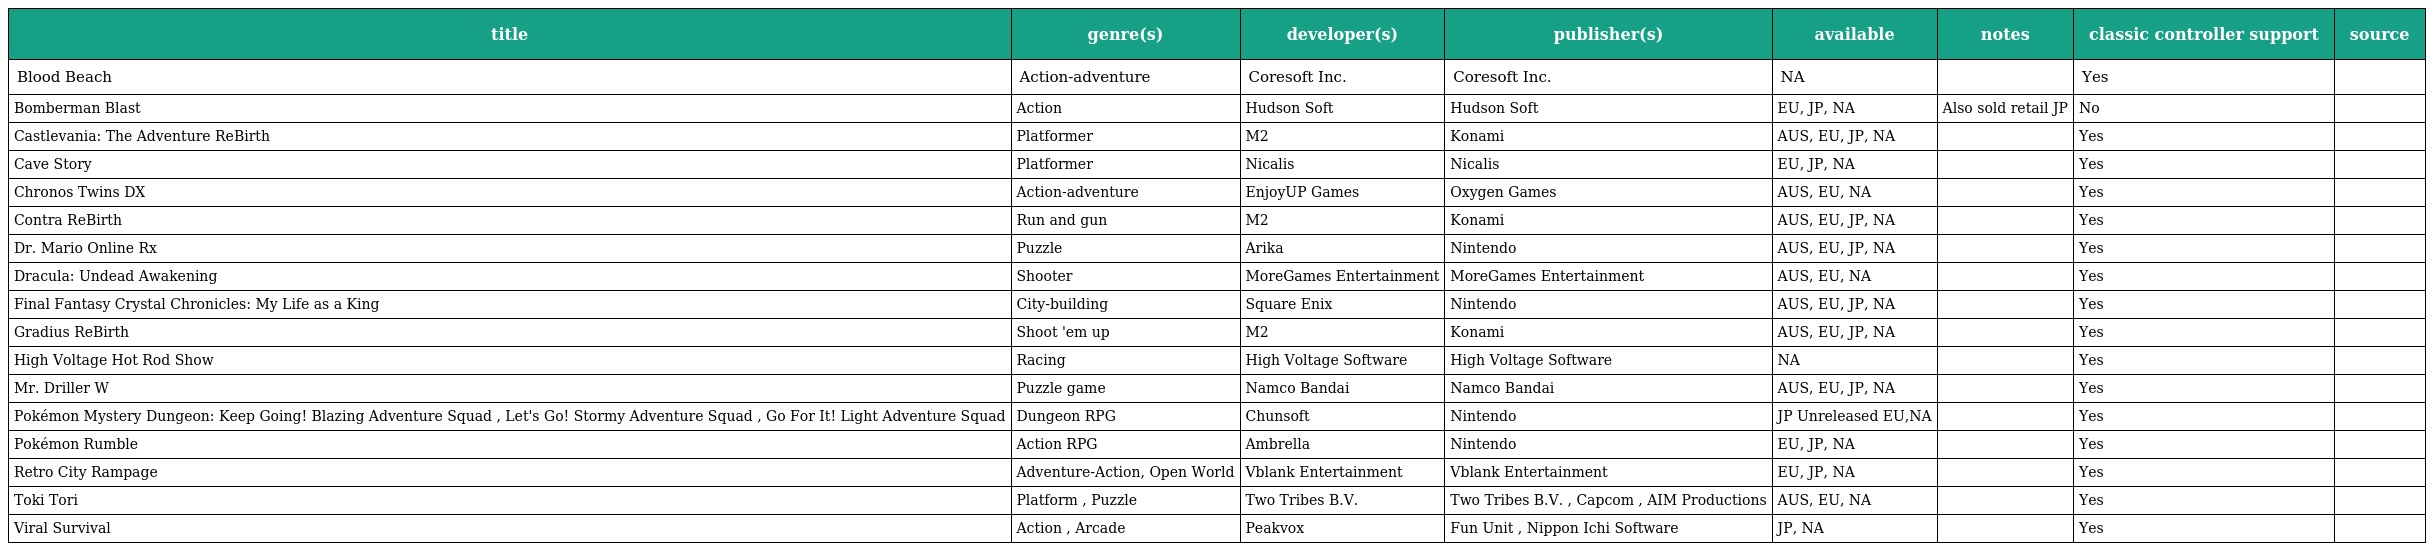
| title | genre(s) | developer(s) | publisher(s) | available | notes | classic controller support | source |
 | --- | --- | --- | --- | --- | --- | --- | --- |
 | Blood Beach | Action-adventure | Coresoft Inc. | Coresoft Inc. | NA |  | Yes |  |
 | Bomberman Blast | Action | Hudson Soft | Hudson Soft | EU, JP, NA | Also sold retail JP | No |  |
 | Castlevania: The Adventure ReBirth | Platformer | M2 | Konami | AUS, EU, JP, NA |  | Yes |  |
 | Cave Story | Platformer | Nicalis | Nicalis | EU, JP, NA |  | Yes |  |
 | Chronos Twins DX | Action-adventure | EnjoyUP Games | Oxygen Games | AUS, EU, NA |  | Yes |  |
 | Contra ReBirth | Run and gun | M2 | Konami | AUS, EU, JP, NA |  | Yes |  |
 | Dr. Mario Online Rx | Puzzle | Arika | Nintendo | AUS, EU, JP, NA |  | Yes |  |
 | Dracula: Undead Awakening | Shooter | MoreGames Entertainment | MoreGames Entertainment | AUS, EU, NA |  | Yes |  |
 | Final Fantasy Crystal Chronicles: My Life as a King | City-building | Square Enix | Nintendo | AUS, EU, JP, NA |  | Yes |  |
 | Gradius ReBirth | Shoot 'em up | M2 | Konami | AUS, EU, JP, NA |  | Yes |  |
 | High Voltage Hot Rod Show | Racing | High Voltage Software | High Voltage Software | NA |  | Yes |  |
 | Mr. Driller W | Puzzle game | Namco Bandai | Namco Bandai | AUS, EU, JP, NA |  | Yes |  |
 | Pokémon Mystery Dungeon: Keep Going! Blazing Adventure Squad , Let's Go! Stormy Adventure Squad , Go For It! Light Adventure Squad | Dungeon RPG | Chunsoft | Nintendo | JP Unreleased EU,NA |  | Yes |  |
 | Pokémon Rumble | Action RPG | Ambrella | Nintendo | EU, JP, NA |  | Yes |  |
 | Retro City Rampage | Adventure-Action, Open World | Vblank Entertainment | Vblank Entertainment | EU, JP, NA |  | Yes |  |
 | Toki Tori | Platform , Puzzle | Two Tribes B.V. | Two Tribes B.V. , Capcom , AIM Productions | AUS, EU, NA |  | Yes |  |
 | Viral Survival | Action , Arcade | Peakvox | Fun Unit , Nippon Ichi Software | JP, NA |  | Yes |  |